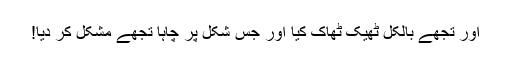
اور تجھے بالکل ٹھیک ٹھاک کیا اور جس شکل پر چاہا تجھے مشکّل کر دیا!